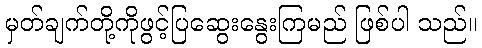
မှတ်ချက်တို့ကိုဖွင့်ပြဆွေးနွေးကြမည် ဖြစ်ပါ သည်။